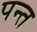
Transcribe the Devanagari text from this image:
पन्‍त